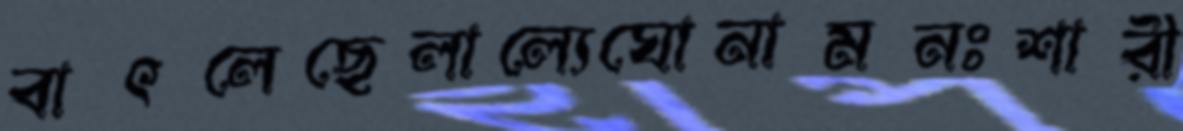
বাৎলেছেলাল্যেঘোনামনঃশারী